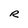
Character: R